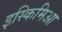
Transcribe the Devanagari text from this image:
इस्किमिआ